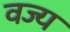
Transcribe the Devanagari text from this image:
वज्य